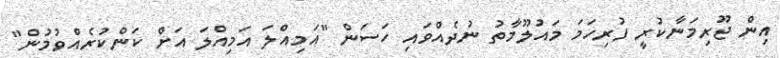
އިން ޖޫރިމަނާކުރީ ފުރިހަމަ މައުލޫމާތު ނުދެއްވައި ހަސަން "އަމިއްލަ އަމިއްލަ އަށް ކަންކުރެއްވުމުން"